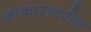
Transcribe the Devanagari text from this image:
आकारावरील